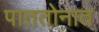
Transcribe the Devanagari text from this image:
पाततोनात